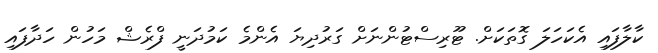
ކާލާފައި އެކަހަލަ ގޮތަކަށް. ޓޫރިސްޓުންނަށް ގަރުދިޔަ އެންމެ ކަމުދަނީ ފްރެޝް މަހުން ހަދާފައި